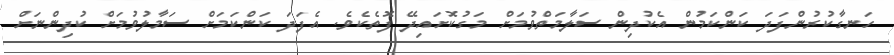
ހަނގާކުރުންފަދަ ކަންކަމުން އެކުދިން ސަލާމަތްވުމަށް މަގުކޮށައިދޭ ފޮތެކެވެ. އެފަދަ ކަންކަމަށް ސަމާލުވުމަށް ކުދިންނަށް